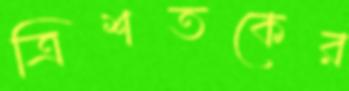
ত্রিশতকের